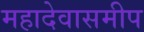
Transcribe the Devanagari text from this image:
महादेवासमीप